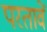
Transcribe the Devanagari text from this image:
परतावें